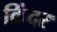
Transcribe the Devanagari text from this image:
क्रिंदर